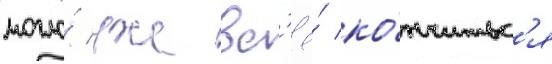
могло́ уже вс'ё́ ко́нчитьс'я